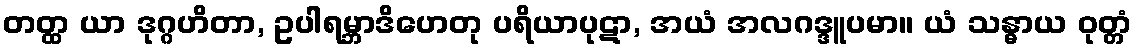
တတ္ထ ယာ ဒုဂ္ဂဟိတာ, ဥပါရမ္ဘာဒိဟေတု ပရိယာပုဋာ, အယံ အလဂဒ္ဒူပမာ။ ယံ သန္ဓာယ ဝုတ္တံ